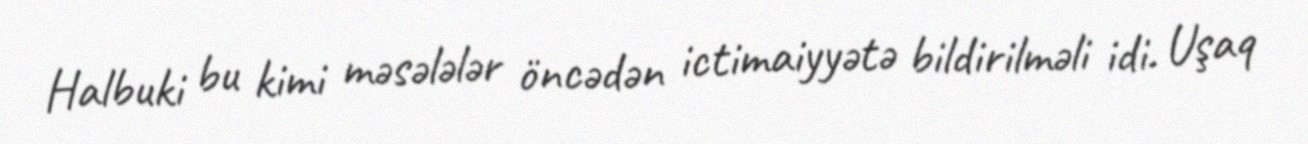
Halbuki bu kimi məsələlər öncədən ictimaiyyətə bildirilməli idi. Uşaq